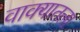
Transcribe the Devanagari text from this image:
वाक्यातला